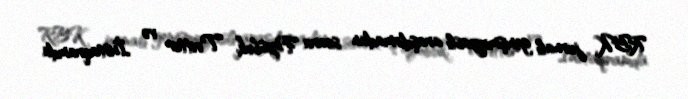
RBK jurnalı genişmiqyaslı araşdırmadan sonra Feysbuk, Tvitter və İnstaqramda